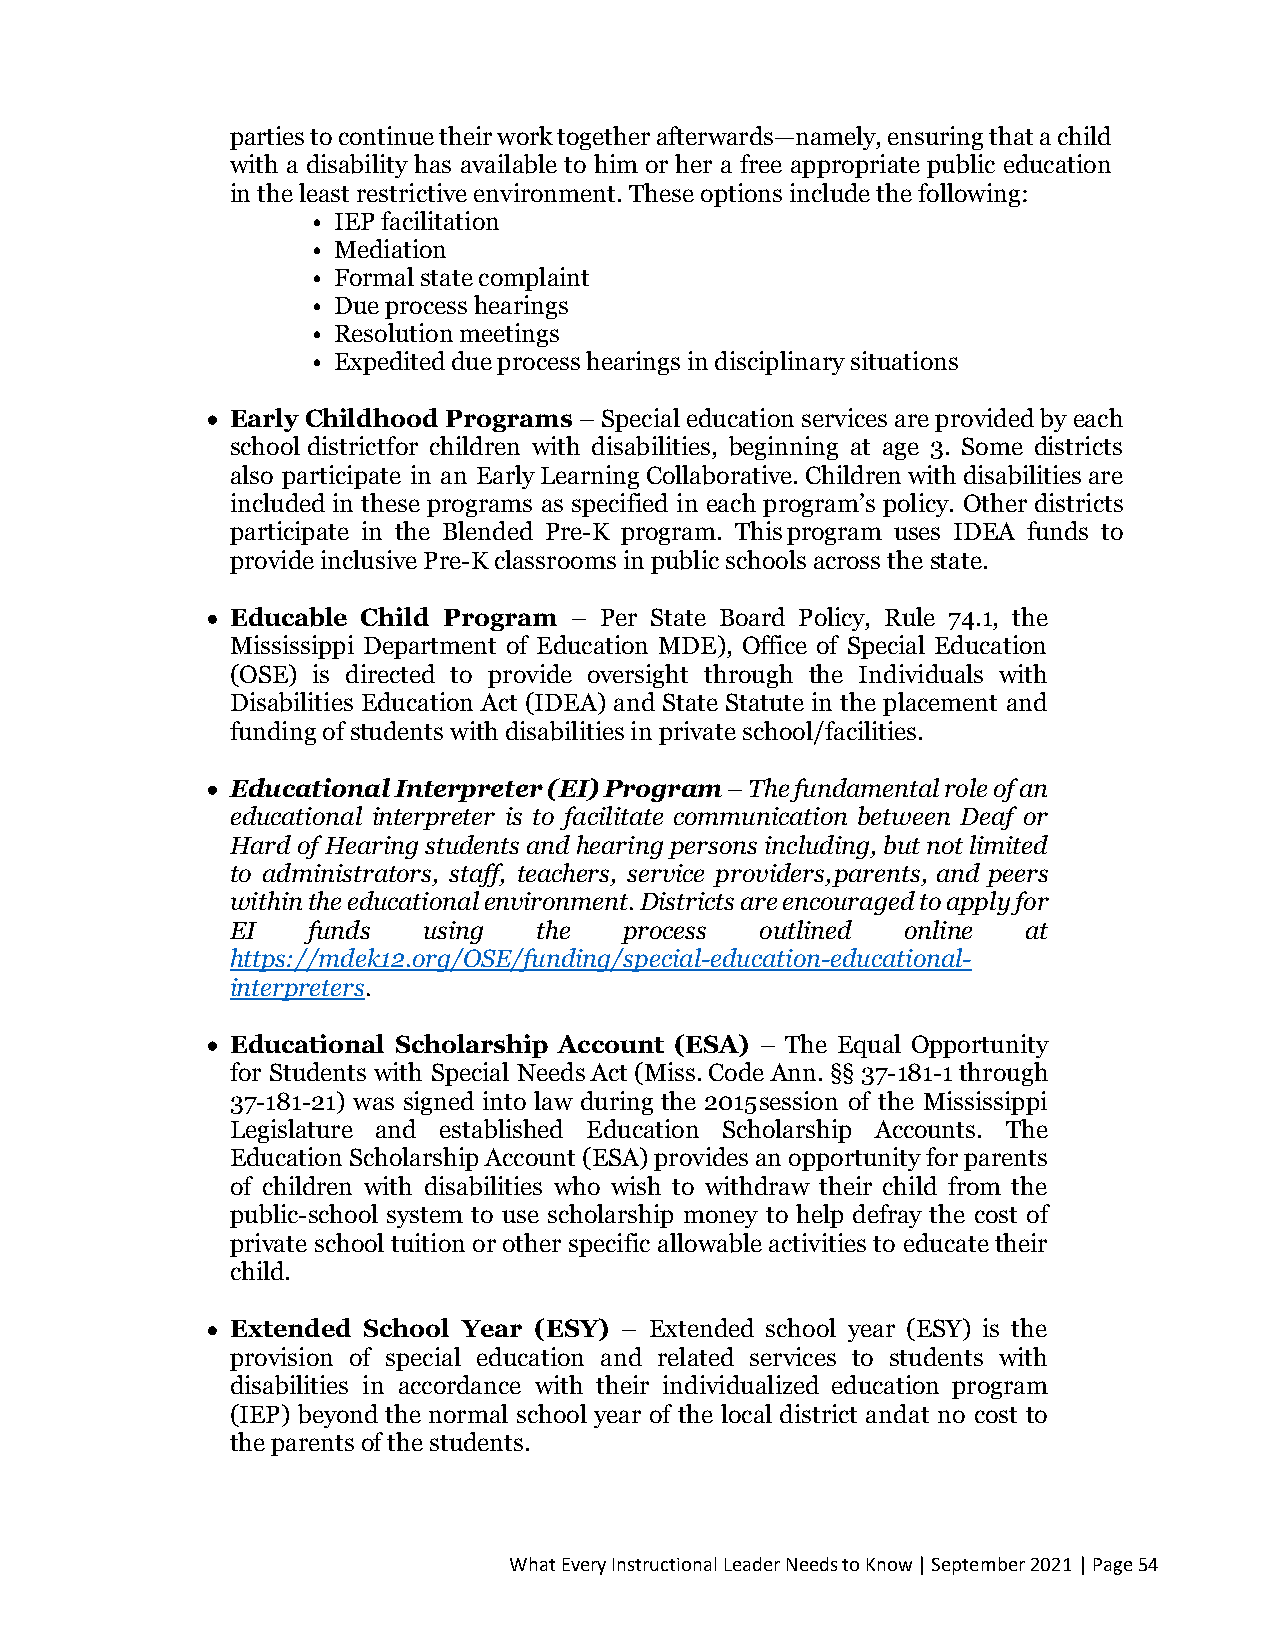
parties to continue their work together afterwards—namely, ensuring that a child
 with a disability has available to him or her a free appropriate public education
 in the least restrictive environment. These options include the following:
 • IEP facilitation
 • Mediation
 • Formal state complaint
 • Due process hearings
 • Resolution meetings
 • Expedited due process hearings in disciplinary situations
 • Early Childhood Programs – Special education services are provided by each
 school district for children with disabilities, beginning at age 3. Some districts
 also participate in an Early Learning Collaborative. Children with disabilities are
 included in these programs as specified in each program’s policy. Other districts
 participate in the Blended Pre-K program. This program uses IDEA funds to
 provide inclusive Pre-K classrooms in public schools across the state.
 • Educable Child Program – Per State Board Policy, Rule 74.1, the
 Mississippi Department of Education MDE), Office of Special Education
 (OSE) is directed to provide oversight through the Individuals with
 Disabilities Education Act (IDEA) and State Statute in the placement and
 funding of students with disabilities in private school/facilities.
 • Educational Interpreter (EI) Program – The fundamental role of an
 educational interpreter is to facilitate communication between Deaf or
 Hard of Hearing students and hearing persons including, but not limited
 to administrators, staff, teachers, service providers, parents, and peers
 within the educational environment. Districts are encouraged to apply for
 EI   funds   using   the  process  outlined  online  at
 https://mdek12.org/OSE/funding/special-education-educational-
 interpreters.
 • Educational Scholarship Account (ESA) – The Equal Opportunity
 for Students with Special Needs Act (Miss. Code Ann. §§ 37-181-1 through
 37-181-21) was signed into law during the 2015 session of the Mississippi
 Legislature and established Education Scholarship Accounts. The
 Education Scholarship Account (ESA) provides an opportunity for parents
 of children with disabilities who wish to withdraw their child from the
 public-school system to use scholarship money to help defray the cost of
 private school tuition or other specific allowable activities to educate their
 child.
 • Extended School Year (ESY) – Extended school year (ESY) is the
 provision of special education and related services to students with
 disabilities in accordance with their individualized education program
 (IEP) beyond the normal school year of the local district and at no cost to
 the parents of the students.
 What Every Instructional Leader Needs to Know | September 2021 | Page 54